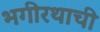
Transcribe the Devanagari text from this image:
भगीरथाची